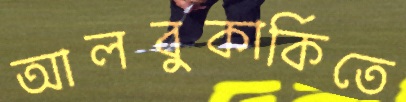
আলবুকার্কিতে